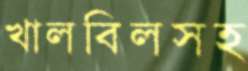
খালবিলসহ